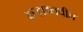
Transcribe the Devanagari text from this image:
कर्‍हाडमधील